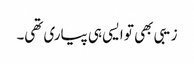
زیبی بھی تو ایسی ہی پیاری تھی۔